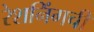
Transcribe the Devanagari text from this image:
रेशनिंगची